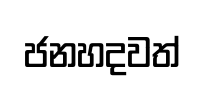
ජනහදවත්